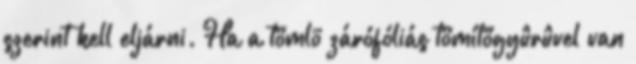
szerint kell eljárni. Ha a tömlõ zárófóliás tömítõgyûrûvel van